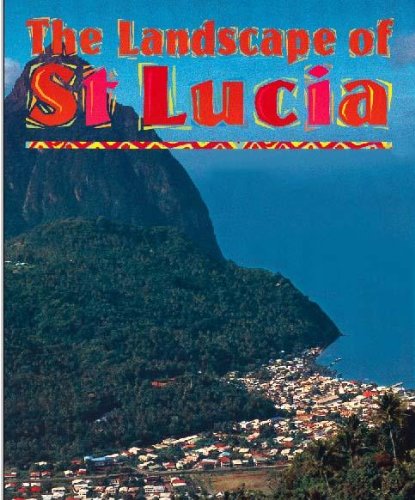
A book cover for Environment of St.Lucia (From the Heart of the Caribbean); Alison Brownlie; Travel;